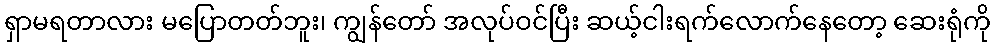
ရှာမရတာလား မပြောတတ်ဘူး၊ ကျွန်တော် အလုပ်ဝင်ပြီး ဆယ့်ငါးရက်လောက်နေတော့ ဆေးရုံကို